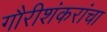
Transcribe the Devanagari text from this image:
गौरीशंकरांचा